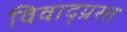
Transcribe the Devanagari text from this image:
विवाद्ग्रस्त